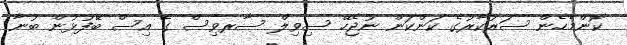
ކޮންމެހެން ސަރުކާރުގެ ކަންކަން ނުޖެހޭ ސިވިލް ސާރވިސް ގެ އިސް ބޭފުޅުން ބުނާ